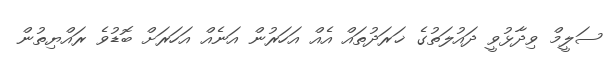
ސަލީމް ވިދާޅުވީ ދައުލަތުގެ ޚަރަދުތައް އެއް އަހަރުން އަނެއް އަހަރަށް ބޮޑުވެ ރައްޔިތުން